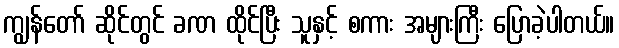
ကျွန်တော် ဆိုင်တွင် ခဏ ထိုင်ပြီး သူနှင့် စကား အများကြီး ပြောခဲ့ပါတယ်။